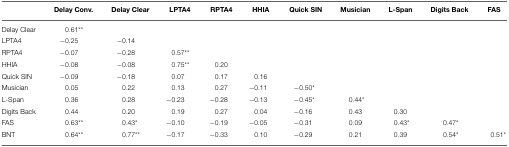
|  | Delay Conv. | Delay Clear | LPTA4 | RPTA4 | HHIA | Quick SIN | Musician | L-Span | Digits Back | FAS |
 | --- | --- | --- | --- | --- | --- | --- | --- | --- | --- | --- |
 | Delay Clear | 0.61** |  |  |  |  |  |  |  |  |  |
 | LPTA4 | −0.25 | −0.14 |  |  |  |  |  |  |  |  |
 | RPTA4 | −0.07 | −0.28 | 0.57** |  |  |  |  |  |  |  |
 | HHIA | −0.08 | −0.08 | 0.75** | 0.20 |  |  |  |  |  |  |
 | Quick SIN | −0.09 | −0.18 | 0.07 | 0.17 | 0.16 |  |  |  |  |  |
 | Musician | 0.05 | 0.22 | 0.13 | 0.27 | −0.11 | −0.50* |  |  |  |  |
 | L-Span | 0.36 | 0.28 | −0.23 | −0.28 | −0.13 | −0.45* | 0.44* |  |  |  |
 | Digits Back | 0.44 | 0.20 | 0.19 | 0.27 | 0.04 | −0.16 | 0.43 | 0.30 |  |  |
 | FAS | 0.63** | 0.43* | −0.10 | −0.19 | −0.05 | −0.31 | 0.09 | 0.43* | 0.47* |  |
 | BNT | 0.64** | 0.77** | −0.17 | −0.33 | 0.10 | −0.29 | 0.21 | 0.39 | 0.54* | 0.51* |